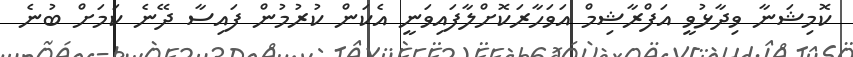
ކޮމިޝަނާ ވިދާޅުވީ އަފްރާޝިމް އަވަހާރަކޮށްލާފައިވަނީ އެކަން ކުރުމުން ފައިސާ ދޭނެ ކަމަށް ބުނެ